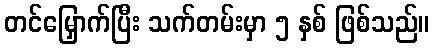
တင်မြှောက်ပြီး သက်တမ်းမှာ ၅ နှစ် ဖြစ်သည်။